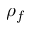
\rho _ { f }